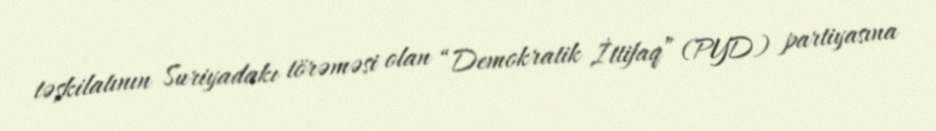
təşkilatının Suriyadakı törəməsi olan “Demokratik İttifaq” (PYD) partiyasına